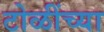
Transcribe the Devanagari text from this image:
टोळींच्या